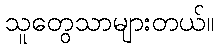
သူတွေသာများတယ်။